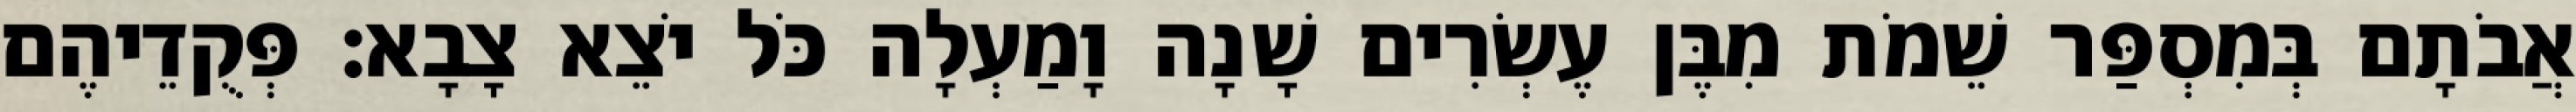
אֲבֹתָם בְּמִסְפַּר שֵׁמֹת מִבֶּן עֶשְׂרִים שָׁנָה וָמַעְלָה כֹּל יֹצֵא צָבָא׃ פְּקֻדֵיהֶם